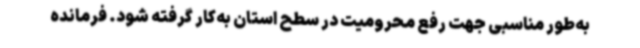
به‌طور مناسبی جهت رفع محرومیت در سطح استان به‌کار گرفته شود. فرمانده